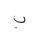
Letter: _ba